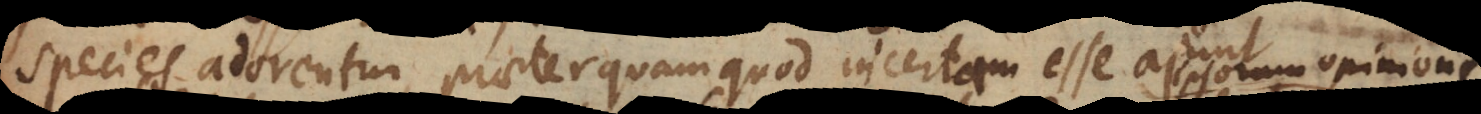
species adorentur, praeterquam quod incertam esse ajunt